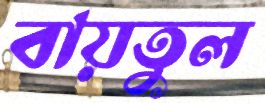
বায়তুল